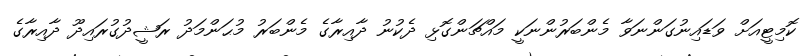
ކޮމިޓީއަށް ވަޑައިނުގަންނަވާ މެންބަރުންނަކީ މައްޗަންގޮޅި ދެކުނު ދާއިރާގެ މެންބަރު މުޙަންމަދު ރަޝީދުގުރައިދޫ ދާއިރާގެ